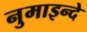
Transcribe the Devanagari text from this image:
नुमाइन्दे